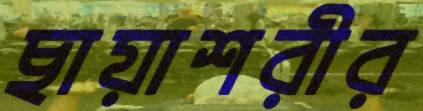
ছায়াশরীর